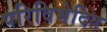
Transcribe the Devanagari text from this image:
परिविभेदित